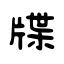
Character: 牒